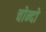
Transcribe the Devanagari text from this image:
चोन्दो